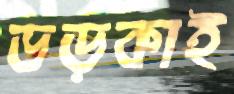
ভড়কাই